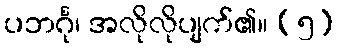
ပဘင်္ဂု၊ အလိုလိုပျက်၏။ (၅)